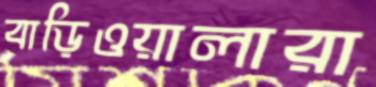
বাড়িওয়ালারা